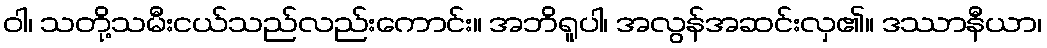
ဝါ၊ သတို့သမီးငယ်သည်လည်းကောင်း။ အဘိရူပါ၊ အလွန်အဆင်းလှ၏။ ဒဿာနီယာ၊